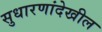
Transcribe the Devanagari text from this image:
सुधारणांदेखील